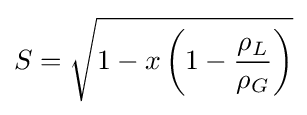
S={\sqrt {1-x\left(1-{\frac {\rho _{L}}{\rho _{G}}}\right)}}